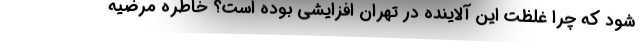
شود که چرا غلظت این آلاینده در تهران افزایشی بوده است؟ خاطره مرضیه